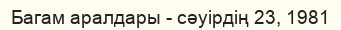
Багам аралдары - сәуірдің 23, 1981